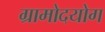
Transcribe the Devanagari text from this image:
ग्रामोदयोग